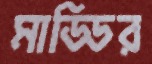
মাড্ডির